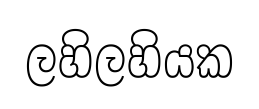
ලහිලහියක